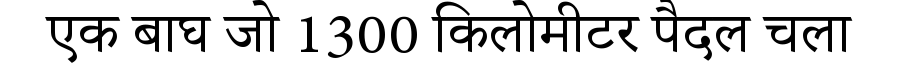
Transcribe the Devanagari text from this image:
एक बाघ जो 1300 किलोमीटर पैदल चला